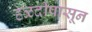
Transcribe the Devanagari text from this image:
हळदीपासून